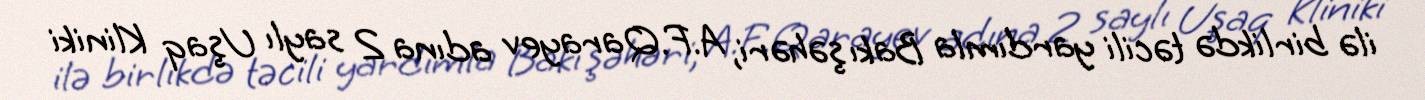
ilə birlikdə təcili yardımla Bakı şəhəri, A.F.Qarayev adına 2 saylı Uşaq Kliniki